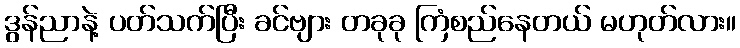
ဒွန်ညာနဲ့ ပတ်သက်ပြီး ခင်ဗျား တခုခု ကြံစည်နေတယ် မဟုတ်လား။